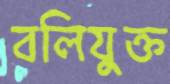
বলিযুক্ত